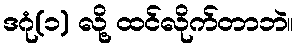
ဒဂုံ(၁) လို့ ထင်လိုက်တာဘဲ။